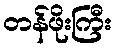
တန်ဖိုးကြီး